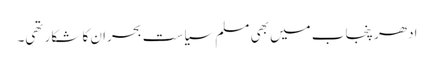
ادھر پنجاب میں بھی مسلم سیاست بحران کا شکار تھی۔